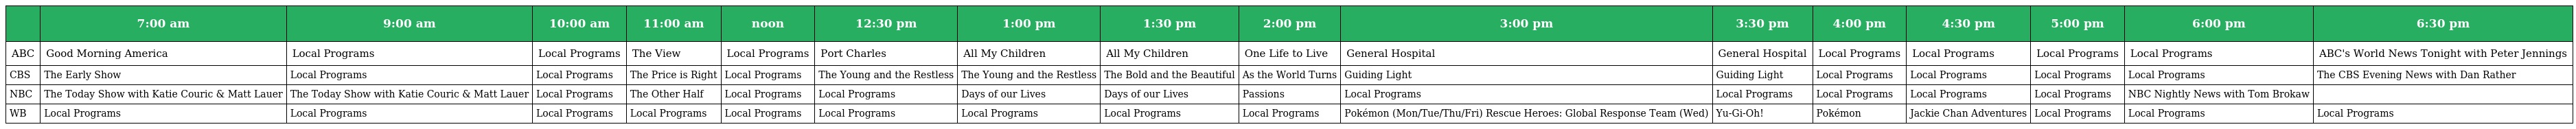
|  | 7:00 am | 9:00 am | 10:00 am | 11:00 am | noon | 12:30 pm | 1:00 pm | 1:30 pm | 2:00 pm | 3:00 pm | 3:30 pm | 4:00 pm | 4:30 pm | 5:00 pm | 6:00 pm | 6:30 pm |
 | --- | --- | --- | --- | --- | --- | --- | --- | --- | --- | --- | --- | --- | --- | --- | --- | --- |
 | ABC | Good Morning America | Local Programs | Local Programs | The View | Local Programs | Port Charles | All My Children | All My Children | One Life to Live | General Hospital | General Hospital | Local Programs | Local Programs | Local Programs | Local Programs | ABC's World News Tonight with Peter Jennings |
 | CBS | The Early Show | Local Programs | Local Programs | The Price is Right | Local Programs | The Young and the Restless | The Young and the Restless | The Bold and the Beautiful | As the World Turns | Guiding Light | Guiding Light | Local Programs | Local Programs | Local Programs | Local Programs | The CBS Evening News with Dan Rather |
 | NBC | The Today Show with Katie Couric & Matt Lauer | The Today Show with Katie Couric & Matt Lauer | Local Programs | The Other Half | Local Programs | Local Programs | Days of our Lives | Days of our Lives | Passions | Local Programs | Local Programs | Local Programs | Local Programs | Local Programs | NBC Nightly News with Tom Brokaw |  |
 | WB | Local Programs | Local Programs | Local Programs | Local Programs | Local Programs | Local Programs | Local Programs | Local Programs | Local Programs | Pokémon (Mon/Tue/Thu/Fri) Rescue Heroes: Global Response Team (Wed) | Yu-Gi-Oh! | Pokémon | Jackie Chan Adventures | Local Programs | Local Programs | Local Programs |